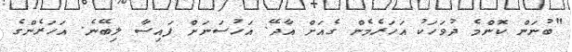
"ބުނަން ކޮންމެ ދުވަހަކު އަހަރެމެން ގެއަށް އާދޭ. އަހުސަނަށް ފައިސާ ލިބޭނެ. އަހަރެންގެ